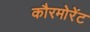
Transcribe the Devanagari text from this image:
कौरमोरेंट